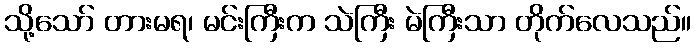
သို့သော် တားမရ၊ မင်းကြီးက သဲကြီး မဲကြီးသာ တိုက်လေသည်။